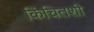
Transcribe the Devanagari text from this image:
किंचितशी